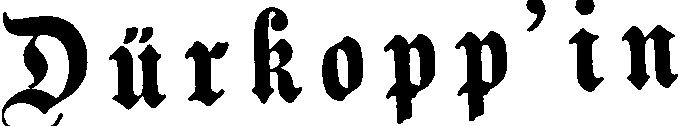
Dürkopp'in